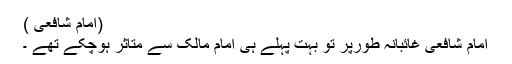
(امام شافعیؒ )
امام شافعیؒ غائبانہ طورپر تو بہت پہلے ہی امام مالکؒ سے متاثر ہوچکے تھے ۔